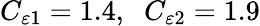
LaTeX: C_{\varepsilon 1}=1.4,\; \; C_{\varepsilon 2}=1.9